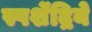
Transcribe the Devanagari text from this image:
स्पर्शेंद्रिये